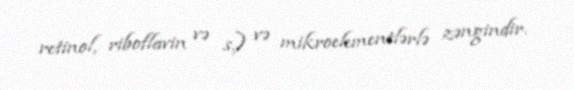
retinol, riboflavin və s.) və mikroelementlərlə zəngindir.